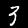
Label: 3